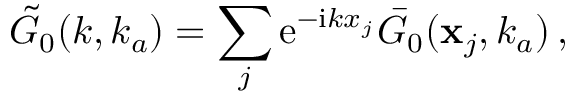
\Tilde { G } _ { 0 } ( k , k _ { a } ) = \sum _ { j } \mathrm { e } ^ { - \mathrm { i } k x _ { j } } \bar { G } _ { 0 } ( \mathbf { x } _ { j } , k _ { a } ) \, ,